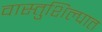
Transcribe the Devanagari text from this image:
वास्तुशिल्पात